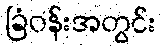
ခြံဝန်းအတွင်း